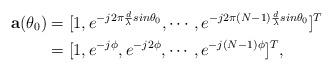
LaTeX: \begin{align*}\mathbf{a}(\theta_{0})&=[1, e^{-j2\pi\frac{d}{\lambda}{sin}\theta_0}, \cdots, e^{-j2\pi(N-1)\frac{d}{\lambda}{sin}\theta_0}]^{T}\\&=[1, e^{-j\phi}, e^{-j2\phi}, \cdots, e^{-j(N-1)\phi}]^{T},\end{align*}